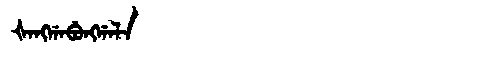
Manchu: ᡧᠠᠩᡤᠠᠪᡠᠩᡤᠠᠯᠠ
Romanization: ŠANGGABUNGGALA